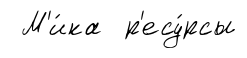
М'и́ка р'есу́рсы